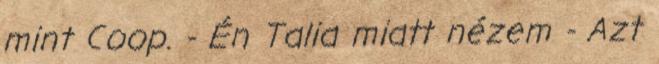
mint Coop. - Én Talia miatt nézem - Azt